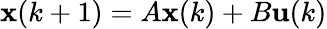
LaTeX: {\textbf{x}}(k+1)=A{\textbf{x}}(k)+B{\textbf{u}}(k)